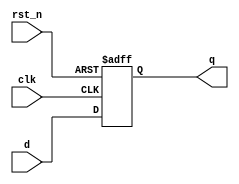
module sync_reset_ff (
    input wire clk,
    input wire rst_n,
    input wire d,
    output reg q
);

always @(posedge clk, negedge rst_n) begin
    if (~rst_n) begin
        q <= 1'b0;
    end else begin
        q <= d;
    end
end

endmodule